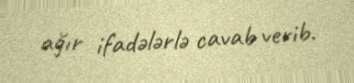
ağır ifadələrlə cavab verib.